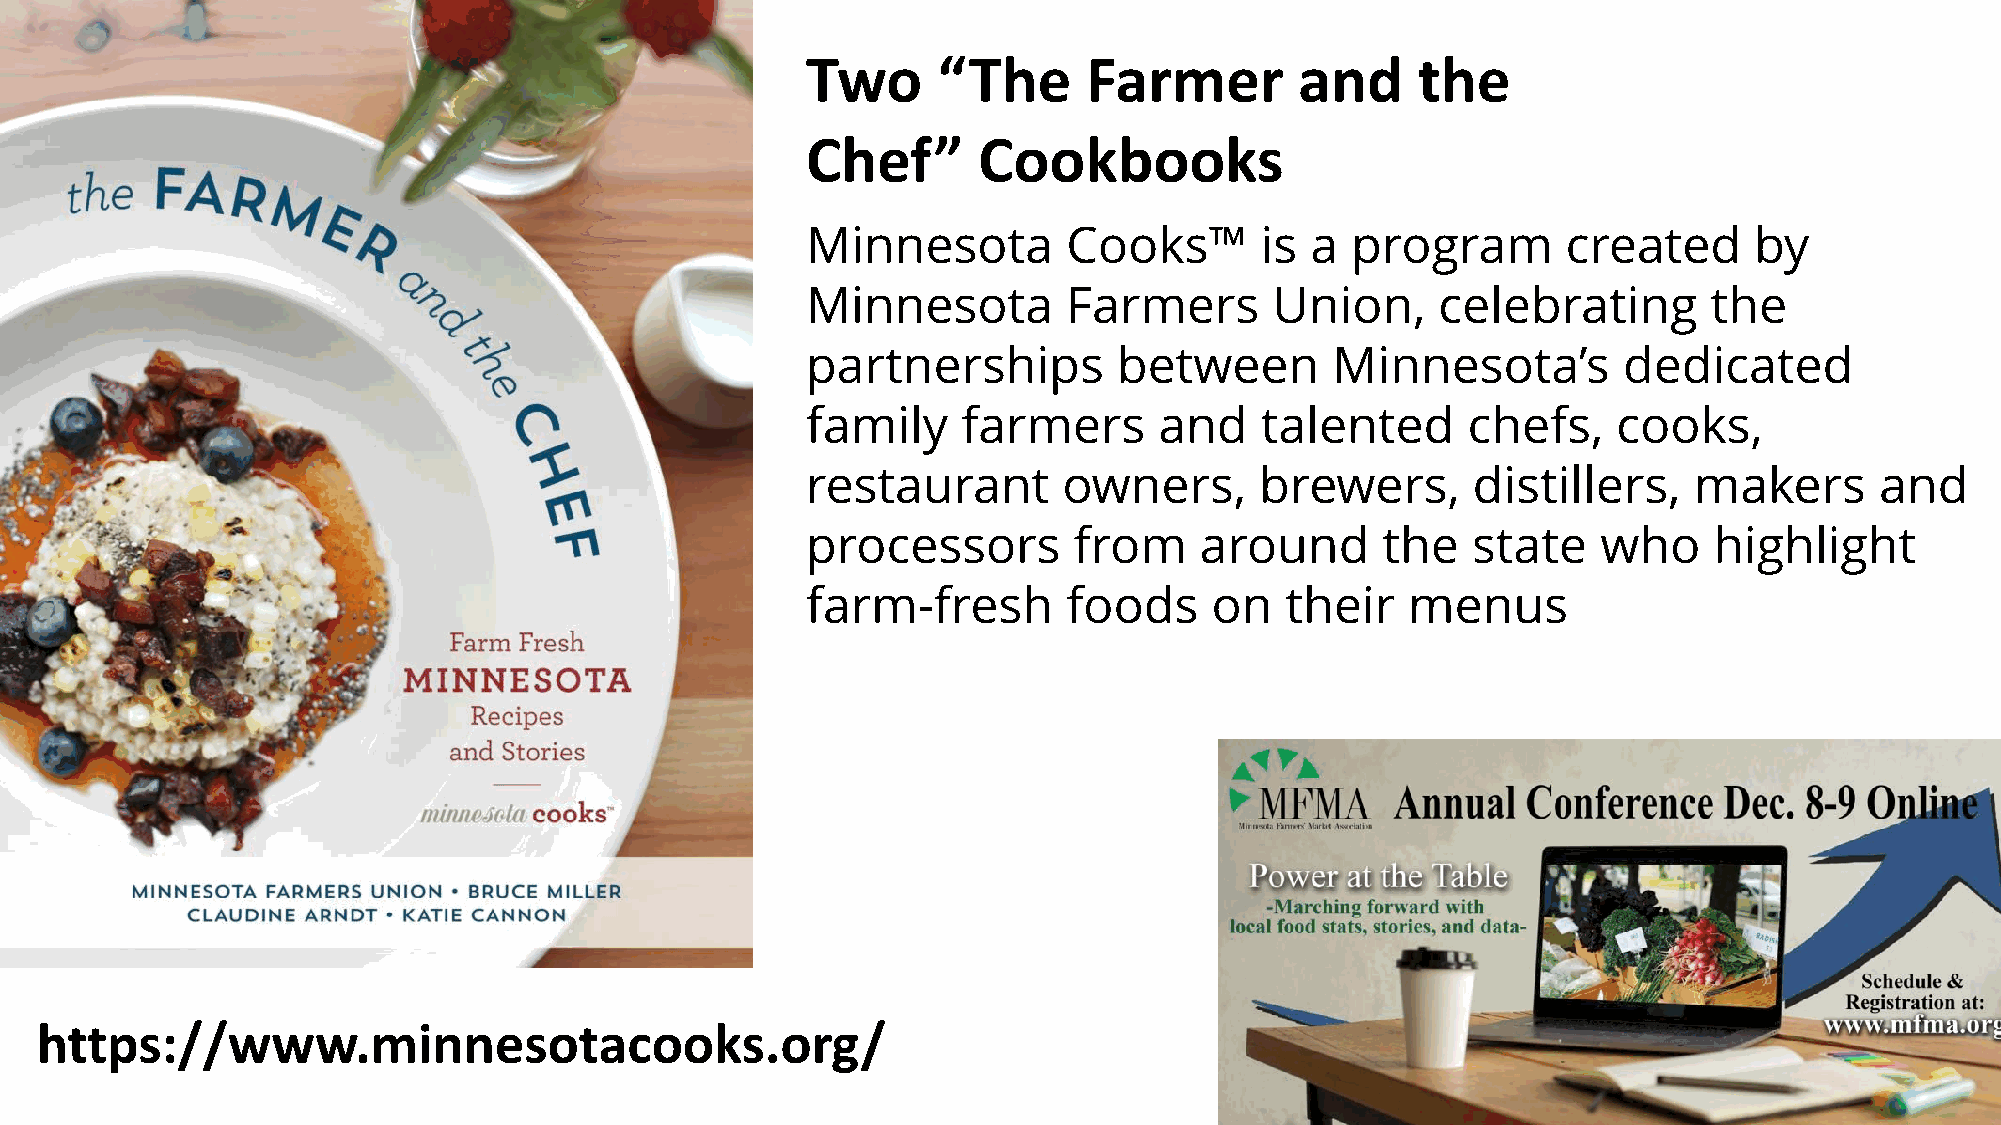
Two      “The      Farmer        and     the
 Chef”       Cookbooks
 Minnesota         Cooks™      is  a program        created     by
 Minnesota         Farmers      Union,     celebrating       the
 partnerships         between       Minnesota’s        dedicated
 family     farmers      and   talented      chefs,    cooks,
 restaurant       owners,      brewers,      distillers,    makers      and
 processors        from    around      the   state    who    highlight
 farm-fresh        foods    on   their   menus
 https://www.minnesotacooks.org/